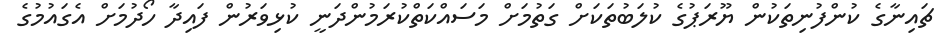
ޗައިނާގެ ކުންފުނިތަކުން ޔޫރަޕުގެ ކުލަބުތަކަށް ގަތުމަށް މަސައްކަތްކުރަމުންދަނީ ކުޅިވަރުން ފައިދާ ހޯދުމަށް އެގައުމުގެ